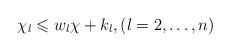
LaTeX: \begin{align*}\chi_l \leqslant w_l \chi + k_l, (l = 2,\dots, n)\end{align*}